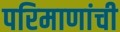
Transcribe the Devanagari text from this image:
परिमाणांची